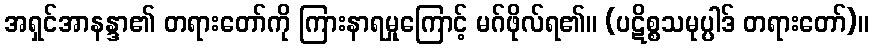
အရှင်အာနန္ဒာ၏ တရားတော်ကို ကြားနာရမှုကြောင့် မဂ်ဖိုလ်ရ၏။ (ပဋိစ္စသမုပ္ပါဒ် တရားတော်)။